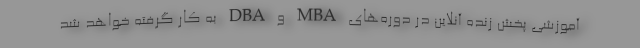
آموزشی پخش زنده آنلاین در دوره‌های MBA و DBA به کار گرفته خواهد شد